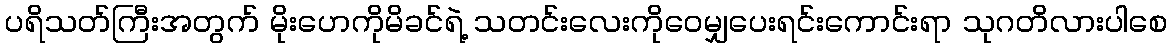
ပရိသတ်ကြီးအတွက် မိုးဟေကိုမိခင်ရဲ့ သတင်းလေးကိုဝေမျှပေးရင်းကောင်းရာ သုဂတိလားပါစေ